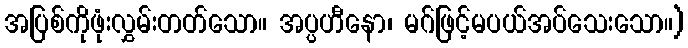
အပြစ်ကိုဖုံးလွှမ်းတတ်သော။ အပ္ပဟီနော၊ မဂ်ဖြင့်မပယ်အပ်သေးသော။)